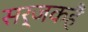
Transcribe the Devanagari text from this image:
सर्जकहैं